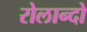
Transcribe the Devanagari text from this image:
रोलान्दो